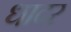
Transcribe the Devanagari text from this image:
धादर